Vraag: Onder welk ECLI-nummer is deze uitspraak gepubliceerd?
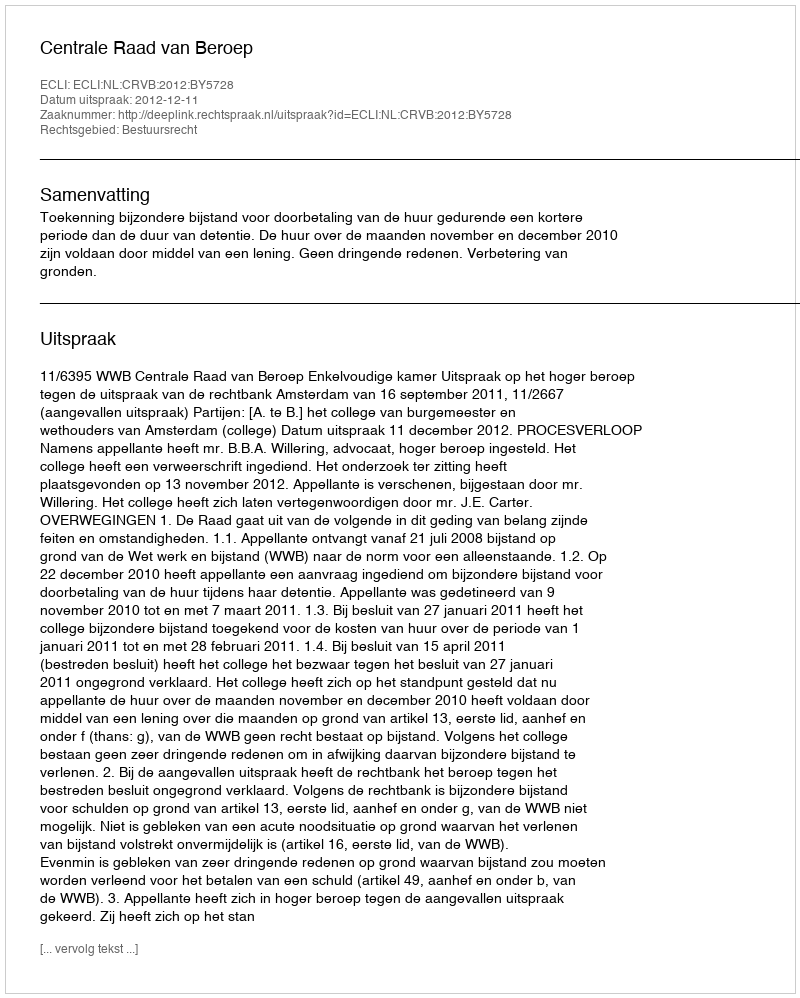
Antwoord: ECLI:NL:CRVB:2012:BY5728